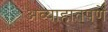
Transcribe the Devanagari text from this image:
अव्याहातपणे